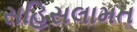
સહિસલામત